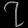
Digit: ၇